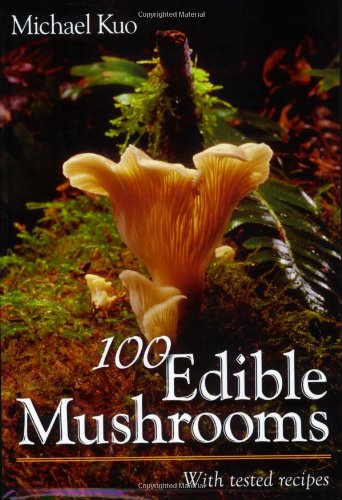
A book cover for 100 Edible Mushrooms; Michael Kuo; Science & Math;